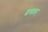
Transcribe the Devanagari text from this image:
ढमाल